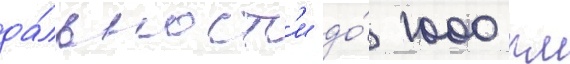
да́льност'и до́ 1000 км